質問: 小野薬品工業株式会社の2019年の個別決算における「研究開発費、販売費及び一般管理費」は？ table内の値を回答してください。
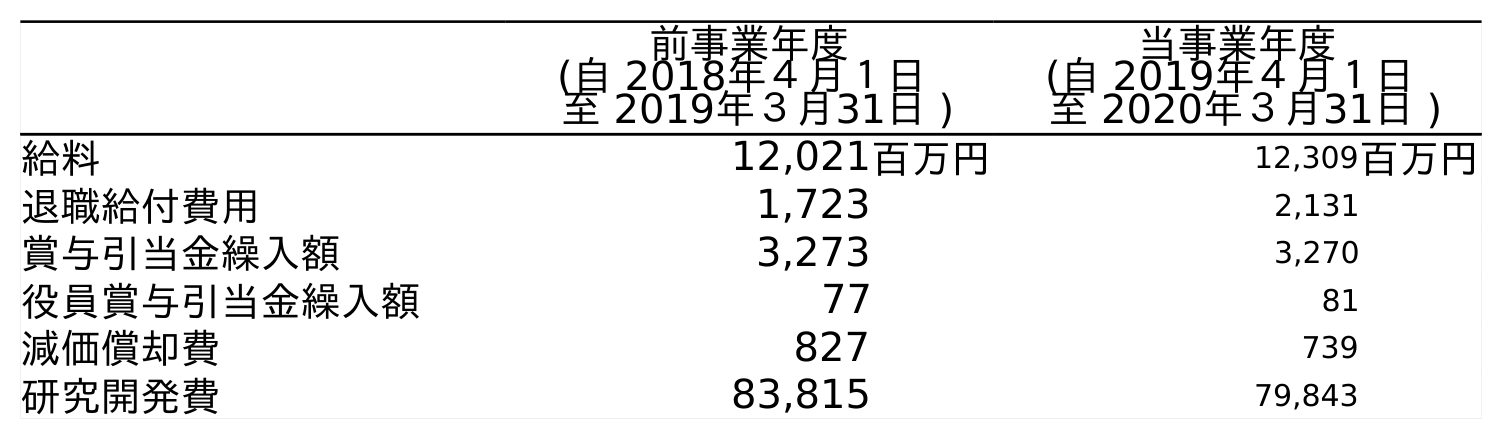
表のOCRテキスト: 前事業年度 (自 2018年４月１日 至 2019年３月31日 ) 当事業年度 (自 2019年４月１日 至 2020年３月31日 ) 給料 12,021百万円 12,309百万円 退職給付費用 1,723 2,131 賞与引当金繰入額 3,273 3,270 役員賞与引当金繰入額 77 81 減価償却費 827 739 研究開発費 83,815 79,843
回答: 83,815